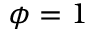
\phi = 1